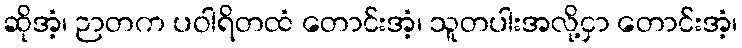
ဆိုအံ့၊ ဉာတက ပဝါရိတထံ တောင်းအံ့၊ သူတပါးအလို့ငှာ တောင်းအံ့၊